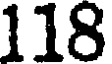
118